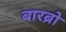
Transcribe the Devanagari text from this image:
बारब्रो